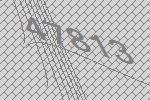
47813